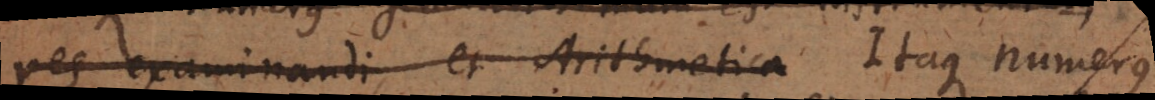
res examinandi, et Arithmetica Itaque numerus